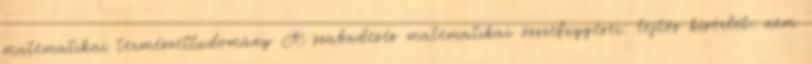
matematikai természettudomány A szabadesés matematikai összefüggései: lejtős kísérlet: nem